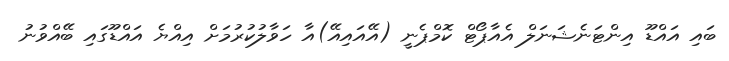
ބައި އައްޑޫ އިންޓަނެޝަނަލް އެއާޕޯޓް ކޮމްޕެނީ (އޭއައިއޭ)އާ ހަވާލުކުރުމަށް އިއްޔެ އައްޑޫގައި ބޭއްވުނު